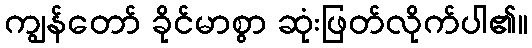
ကျွန်တော် ခိုင်မာစွာ ဆုံးဖြတ်လိုက်ပါ၏။